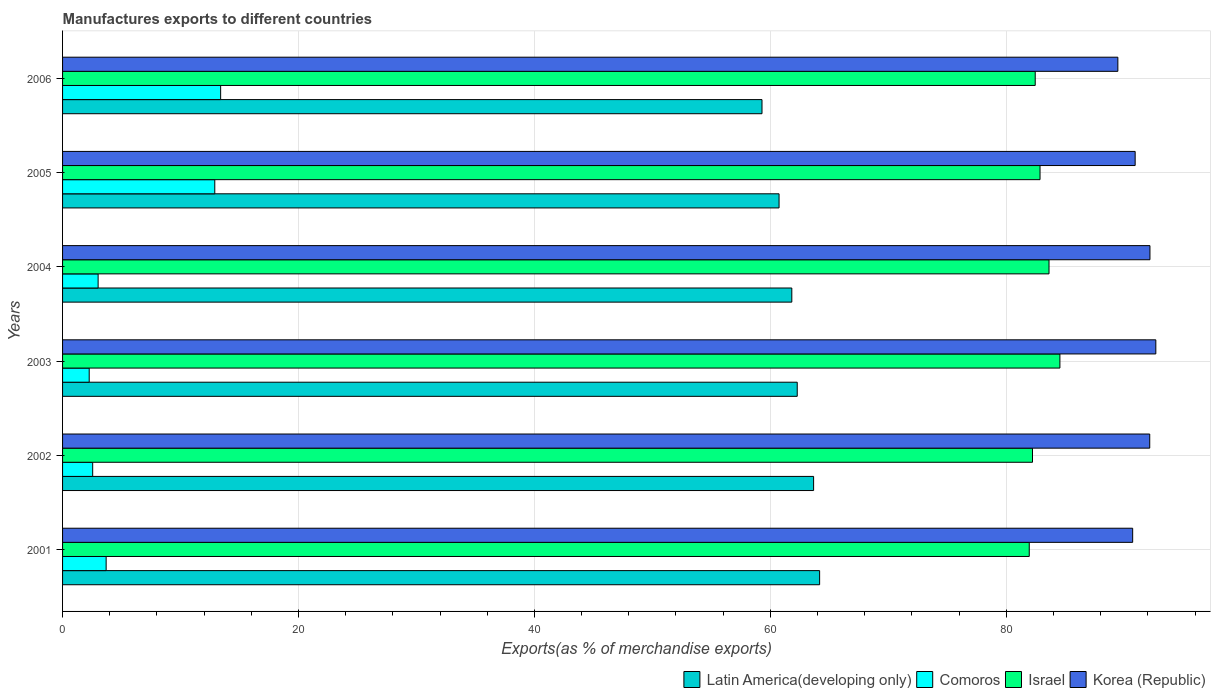
| Years | Latin America(developing only) | Comoros | Israel | Korea (Republic) |
 | --- | --- | --- | --- | --- |
 | 2001 | 64.2 | 3.69 | 81.9 | 90.7 |
 | 2002 | 63.7 | 2.55 | 82.2 | 92.2 |
 | 2003 | 62.3 | 2.26 | 84.5 | 92.7 |
 | 2004 | 61.8 | 3.01 | 83.6 | 92.2 |
 | 2005 | 60.7 | 12.9 | 82.9 | 90.9 |
 | 2006 | 59.3 | 13.4 | 82.5 | 89.5 |